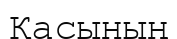
Қасының